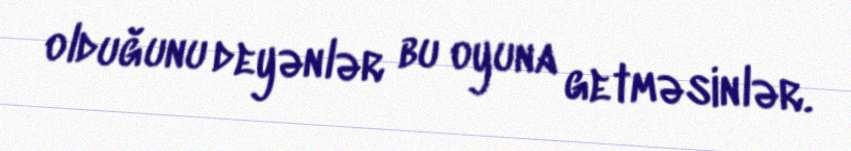
olduğunu deyənlər bu oyuna getməsinlər.